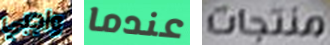
واجبي عندما منتجات